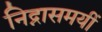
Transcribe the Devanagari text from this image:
निद्नासमयीं